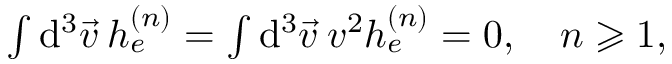
\begin{array} { r } { \int \mathrm { d } ^ { 3 } \vec { v } \: h _ { e } ^ { ( n ) } = \int \mathrm { d } ^ { 3 } \vec { v } \: v ^ { 2 } h _ { e } ^ { ( n ) } = 0 , \quad n \geqslant 1 , } \end{array}